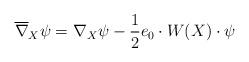
LaTeX: \begin{align*}\overline{\nabla}_X \psi = \nabla_X \psi - \frac12 e_0 \cdot W(X) \cdot \psi\end{align*}